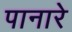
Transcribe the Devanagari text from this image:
पानारे